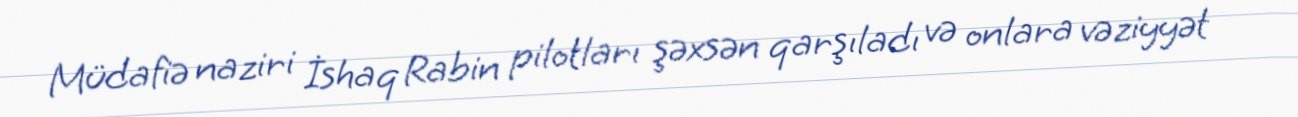
Müdafiə naziri İshaq Rabin pilotları şəxsən qarşıladı və onlara vəziyyət